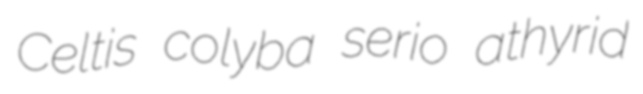
Celtis colyba serio athyrid